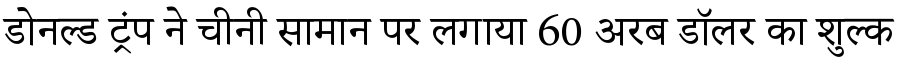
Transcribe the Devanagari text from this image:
डोनल्ड ट्रंप ने चीनी सामान पर लगाया 60 अरब डॉलर का शुल्क